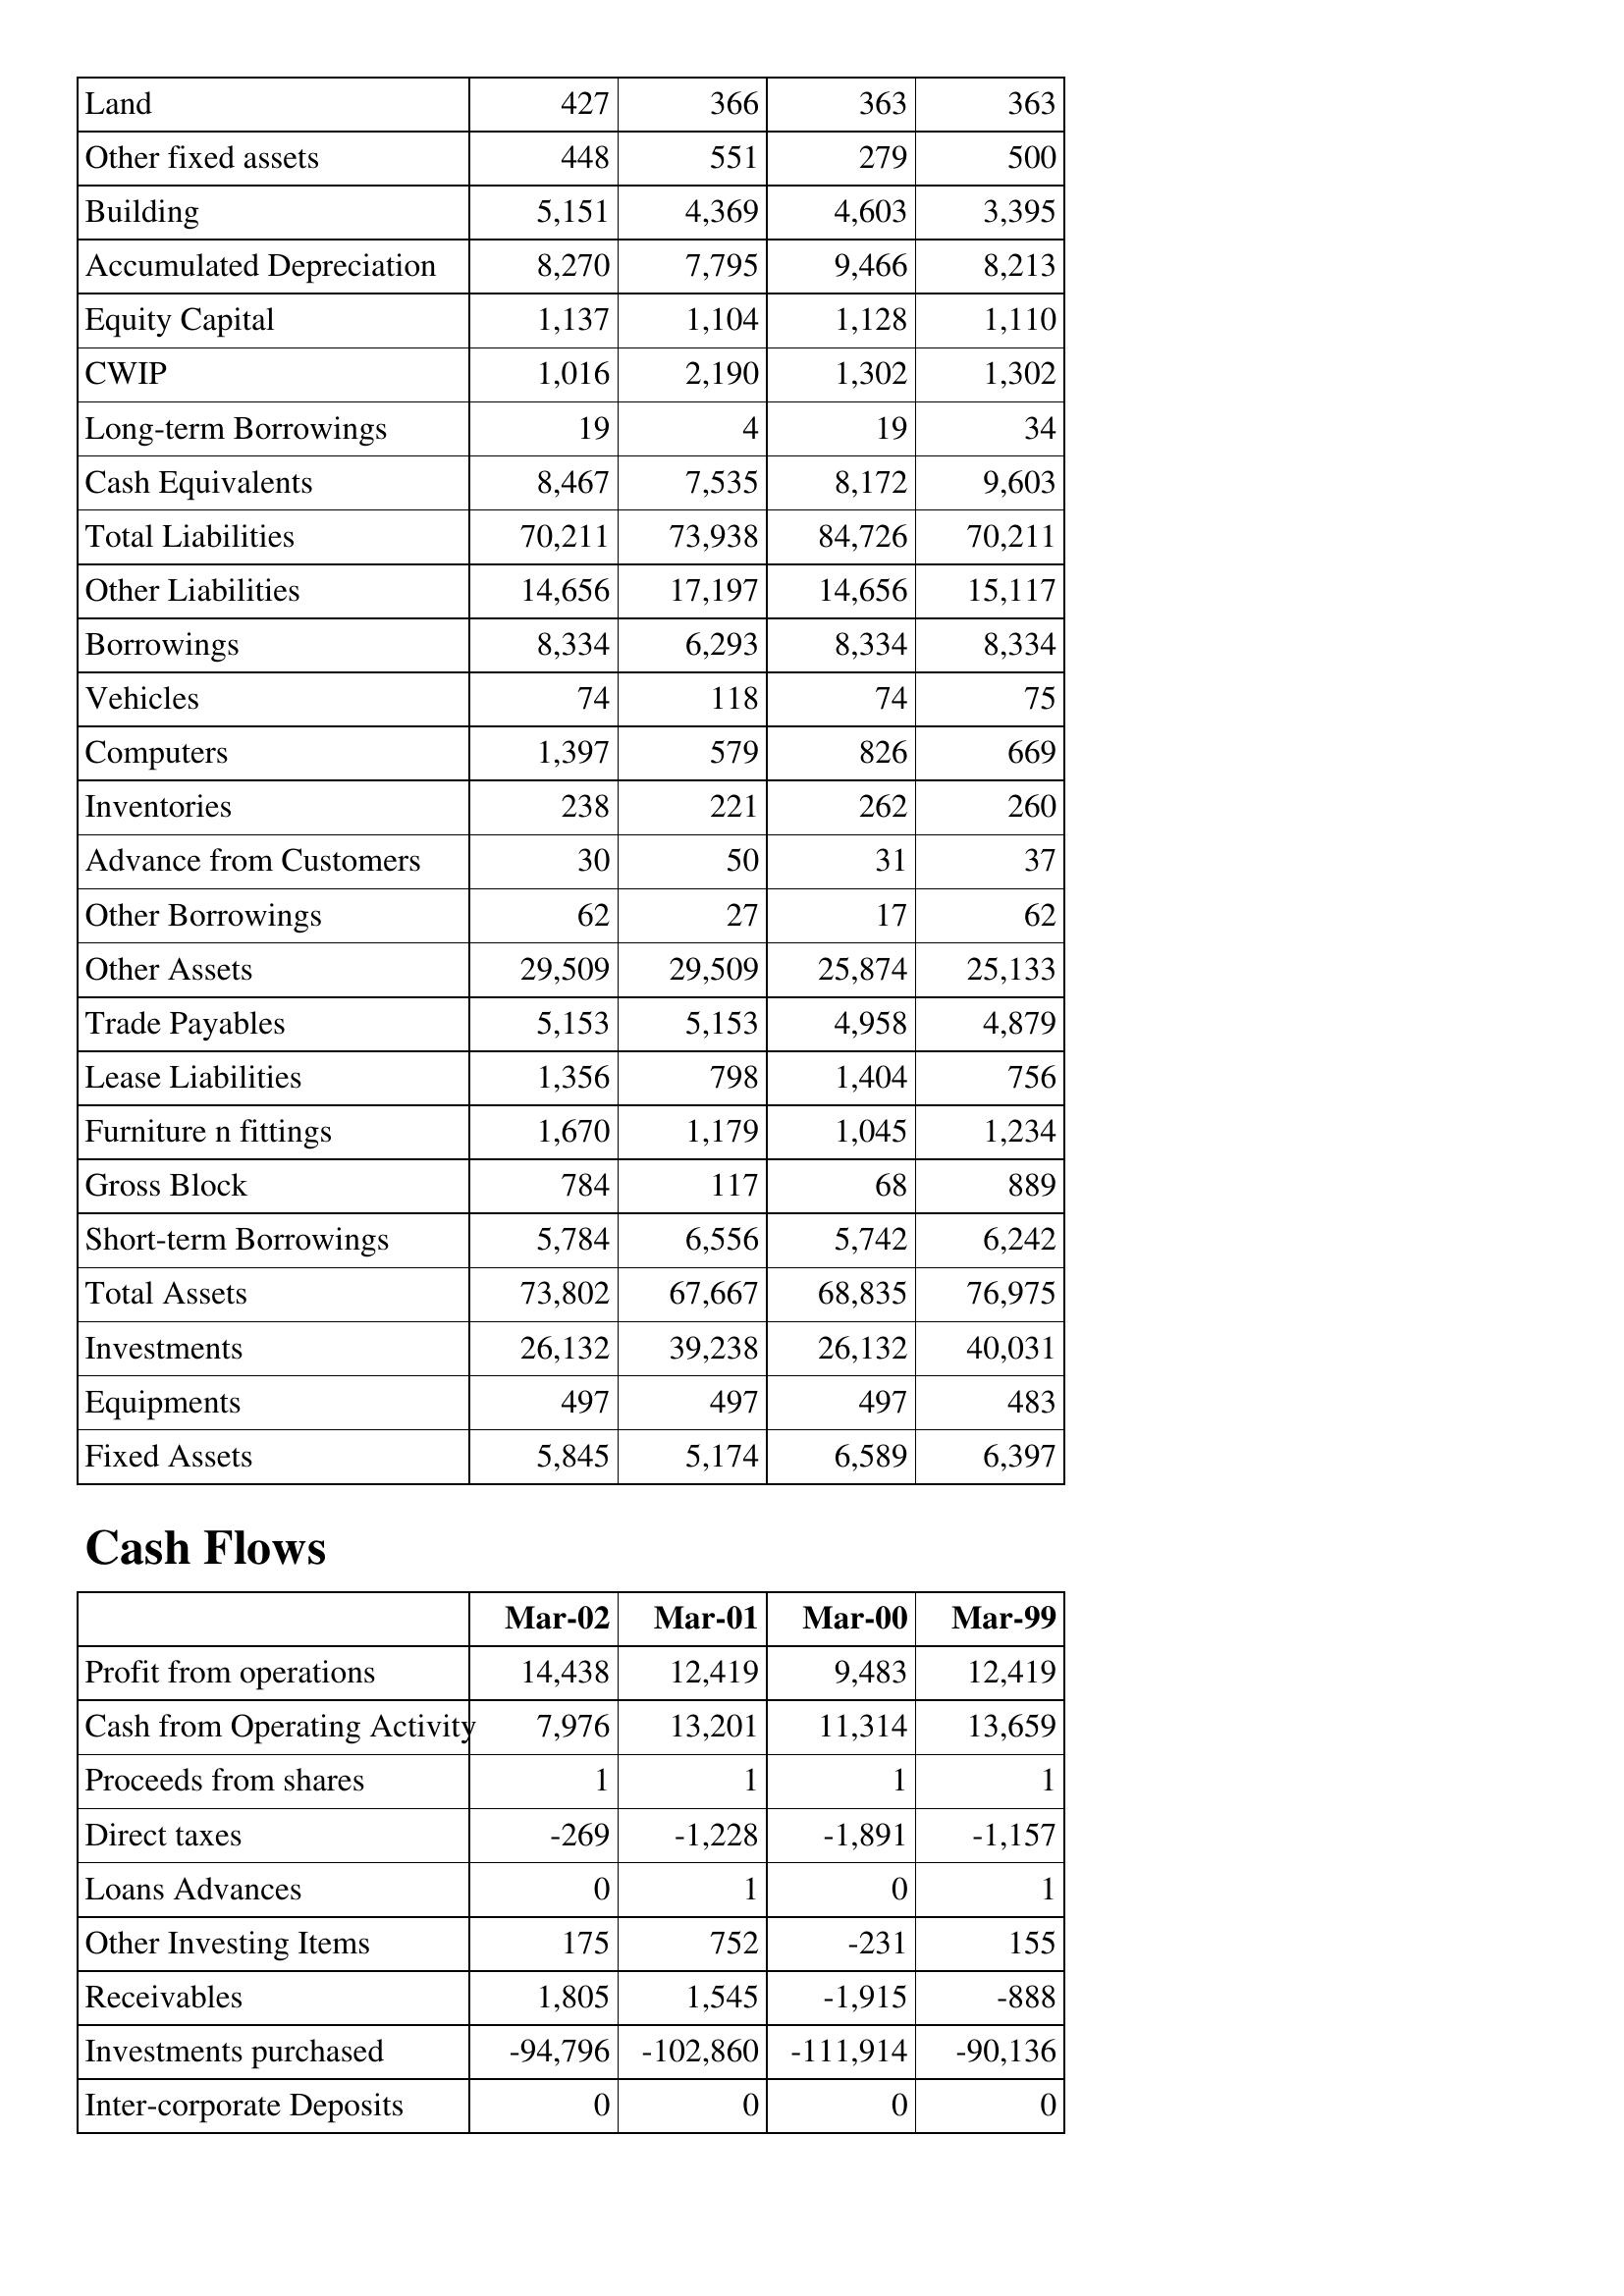
Mar-02: Balance Sheet: Land: 427
Other fixed assets: 448
Building: 5,151
Accumulated Depreciation: 8,270
Equity Capital: 1,137
CWIP: 1,016
Long-term Borrowings: 19
Cash Equivalents: 8,467
Total Liabilities: 70,211
Other Liabilities: 14,656
Borrowings: 8,334
Vehicles: 74
Computers: 1,397
Inventories: 238
Advance from Customers: 30
Other Borrowings: 62
Other Assets: 29,509
Trade Payables: 5,153
Lease Liabilities: 1,356
Furniture n fittings: 1,670
Gross Block: 784
Short-term Borrowings: 5,784
Total Assets: 73,802
Investments: 26,132
Equipments: 497
Fixed Assets: 5,845
Cash Flows: Profit from operations: 14,438
Cash from Operating Activity: 7,976
Proceeds from shares: 1
Direct taxes: -269
Loans Advances: 0
Other Investing Items: 175
Receivables: 1,805
Investments purchased: -94,796
Inter-corporate Deposits: 0
Mar-01: Balance Sheet: Land: 366
Other fixed assets: 551
Building: 4,369
Accumulated Depreciation: 7,795
Equity Capital: 1,104
CWIP: 2,190
Long-term Borrowings: 4
Cash Equivalents: 7,535
Total Liabilities: 73,938
Other Liabilities: 17,197
Borrowings: 6,293
Vehicles: 118
Computers: 579
Inventories: 221
Advance from Customers: 50
Other Borrowings: 27
Other Assets: 29,509
Trade Payables: 5,153
Lease Liabilities: 798
Furniture n fittings: 1,179
Gross Block: 117
Short-term Borrowings: 6,556
Total Assets: 67,667
Investments: 39,238
Equipments: 497
Fixed Assets: 5,174
Cash Flows: Profit from operations: 12,419
Cash from Operating Activity: 13,201
Proceeds from shares: 1
Direct taxes: -1,228
Loans Advances: 1
Other Investing Items: 752
Receivables: 1,545
Investments purchased: -102,860
Inter-corporate Deposits: 0
Mar-00: Balance Sheet: Land: 363
Other fixed assets: 279
Building: 4,603
Accumulated Depreciation: 9,466
Equity Capital: 1,128
CWIP: 1,302
Long-term Borrowings: 19
Cash Equivalents: 8,172
Total Liabilities: 84,726
Other Liabilities: 14,656
Borrowings: 8,334
Vehicles: 74
Computers: 826
Inventories: 262
Advance from Customers: 31
Other Borrowings: 17
Other Assets: 25,874
Trade Payables: 4,958
Lease Liabilities: 1,404
Furniture n fittings: 1,045
Gross Block: 68
Short-term Borrowings: 5,742
Total Assets: 68,835
Investments: 26,132
Equipments: 497
Fixed Assets: 6,589
Cash Flows: Profit from operations: 9,483
Cash from Operating Activity: 11,314
Proceeds from shares: 1
Direct taxes: -1,891
Loans Advances: 0
Other Investing Items: -231
Receivables: -1,915
Investments purchased: -111,914
Inter-corporate Deposits: 0
Mar-99: Balance Sheet: Land: 363
Other fixed assets: 500
Building: 3,395
Accumulated Depreciation: 8,213
Equity Capital: 1,110
CWIP: 1,302
Long-term Borrowings: 34
Cash Equivalents: 9,603
Total Liabilities: 70,211
Other Liabilities: 15,117
Borrowings: 8,334
Vehicles: 75
Computers: 669
Inventories: 260
Advance from Customers: 37
Other Borrowings: 62
Other Assets: 25,133
Trade Payables: 4,879
Lease Liabilities: 756
Furniture n fittings: 1,234
Gross Block: 889
Short-term Borrowings: 6,242
Total Assets: 76,975
Investments: 40,031
Equipments: 483
Fixed Assets: 6,397
Cash Flows: Profit from operations: 12,419
Cash from Operating Activity: 13,659
Proceeds from shares: 1
Direct taxes: -1,157
Loans Advances: 1
Other Investing Items: 155
Receivables: -888
Investments purchased: -90,136
Inter-corporate Deposits: 0